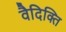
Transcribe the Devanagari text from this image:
वैदिक्ति